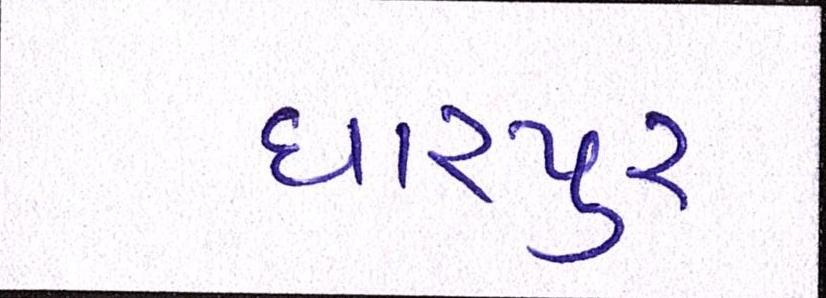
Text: ધારપુર